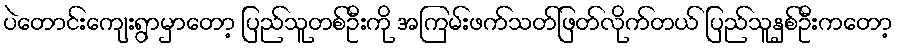
ပဲတောင်းကျေးရွာမှာတော့ ပြည်သူတစ်ဦးကို အကြမ်းဖက်သတ်ဖြတ်လိုက်တယ် ပြည်သူနှစ်ဦးကတော့